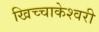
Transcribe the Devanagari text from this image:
खिच्चाकेश्वरी